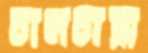
চামচারা